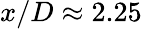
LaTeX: x/D\approx 2.25